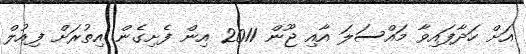
އަށް ހަދާފައިވާ މައްސަލަ އާއި ޖޫން 2011 އިން ފެށިގެން އިތުރަށް ފިއުލް